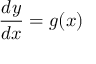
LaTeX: { \frac { d y } { d x } } = g ( x )